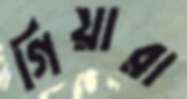
গিয়ারা